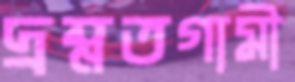
দ্রম্নতগামী